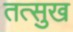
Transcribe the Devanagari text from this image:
तत्सुख